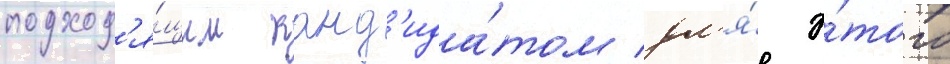
подход'я́щим канд'ида́том дл'я́ э́того